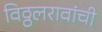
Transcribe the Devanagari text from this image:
विठ्ठलरावांची